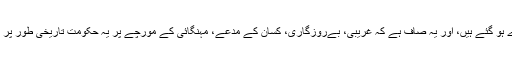
چار سال پورے ہو گئے ہیں، اور یہ صاف ہے کہ غریبی، بےروزگاری، کسان کے مدعے، مہنگائی کے مورچے پر یہ حکومت تاریخی طور پر ناکام ہوئی ہے۔